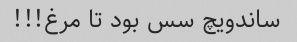
ساندویچ سس بود تا مرغ!!!